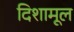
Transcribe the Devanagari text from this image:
दिशामूल